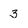
Character: 3